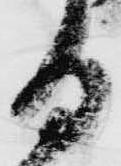
る